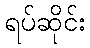
ရပ်ဆိုင်း